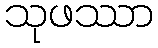
သုဖဿာ